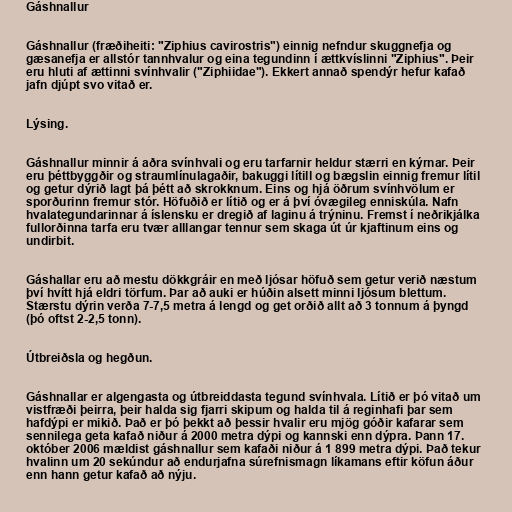
Gáshnallur

Gáshnallur (fræðiheiti: "Ziphius cavirostris") einnig nefndur skuggnefja og
gæsanefja er allstór tannhvalur og eina tegundinn í ættkvíslinni "Ziphius". Þeir
eru hluti af ættinni svínhvalir ("Ziphiidae"). Ekkert annað spendýr hefur kafað
jafn djúpt svo vitað er.

Lýsing.

Gáshnallur minnir á aðra svínhvali og eru tarfarnir heldur stærri en kýrnar. Þeir
eru þéttbyggðir og straumlínulagaðir, bakuggi lítill og bægslin einnig fremur lítil
og getur dýrið lagt þá þétt að skrokknum. Eins og hjá öðrum svínhvölum er
sporðurinn fremur stór. Höfuðið er lítið og er á því óvægileg enniskúla. Nafn
hvalategundarinnar á íslensku er dregið af laginu á trýninu. Fremst í neðrikjálka
fullorðinna tarfa eru tvær alllangar tennur sem skaga út úr kjaftinum eins og
undirbit.

Gáshallar eru að mestu dökkgráir en með ljósar höfuð sem getur verið næstum
því hvítt hjá eldri törfum. Þar að auki er húðin alsett minni ljósum blettum.
Stærstu dýrin verða 7-7,5 metra á lengd og get orðið allt að 3 tonnum á þyngd
(þó oftst 2-2,5 tonn).

Útbreiðsla og hegðun.

Gáshnallar er algengasta og útbreiddasta tegund svínhvala. Lítið er þó vitað um
vistfræði þeirra, þeir halda sig fjarri skipum og halda til á reginhafi þar sem
hafdýpi er mikið. Það er þó þekkt að þessir hvalir eru mjög góðir kafarar sem
sennilega geta kafað niður á 2000 metra dýpi og kannski enn dýpra. Þann 17.
október 2006 mældist gáshnallur sem kafaði niður á 1 899 metra dýpi. Það tekur
hvalinn um 20 sekúndur að endurjafna súrefnismagn líkamans eftir köfun áður
enn hann getur kafað að nýju.